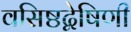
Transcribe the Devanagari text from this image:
वसिष्ठद्वेषिणी